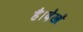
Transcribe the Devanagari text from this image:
है।देखें